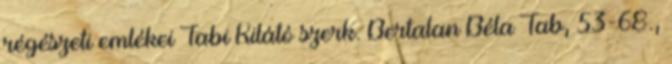
régészeti emlékei Tabi Kilátó szerk. Bertalan Béla Tab, 53-68.,